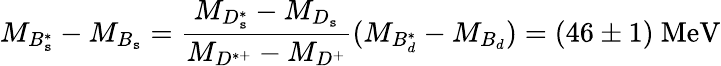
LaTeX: M_{B_{\mathtt{s}}^{*}}-M_{B_{\mathtt{s}}}=\frac{{M_{D_{\mathtt{s}}^{*}}-M_{D_{\mathtt{s}}}}}{{M_{D^{*+}}-M_{D^{+}}}}(M_{B_{d}^{*}}-M_{B_{d}})=(46\pm1)\ \mathrm{{MeV}}